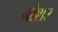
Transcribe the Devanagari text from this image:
नोशर